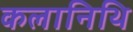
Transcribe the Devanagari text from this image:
कलानिथि